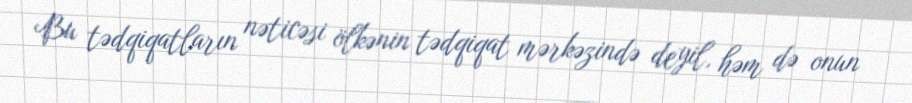
Bu tədqiqatların nəticəsi ölkənin tədqiqat mərkəzində deyil, həm də onun